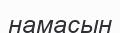
намасын